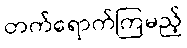
တက်ရောက်ကြမည့်